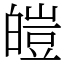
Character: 皚